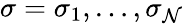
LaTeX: \sigma=\sigma_{1},\dots,\sigma_{\mathcal{N}}